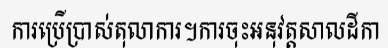
ការប្រើប្រាស់តុលាការ។ការចុះអនុវត្តសាលដីកា